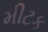
મીટક